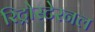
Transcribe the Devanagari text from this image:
रिट्रोस्टेरनल